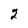
Character: 2